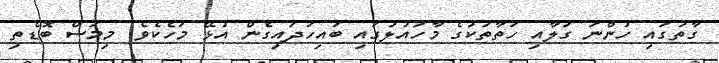
ގާތުގައި ހުންނަ ގަލާއި ހަތާތަކުގެ މާހައުލުގައި ބައިހަދައިގެން އުޅޭ މަހެކެވެ. މިމަސް ބޮޑެތި